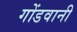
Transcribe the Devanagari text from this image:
गोंडवानी